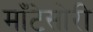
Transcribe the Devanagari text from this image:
माँटेसोरी